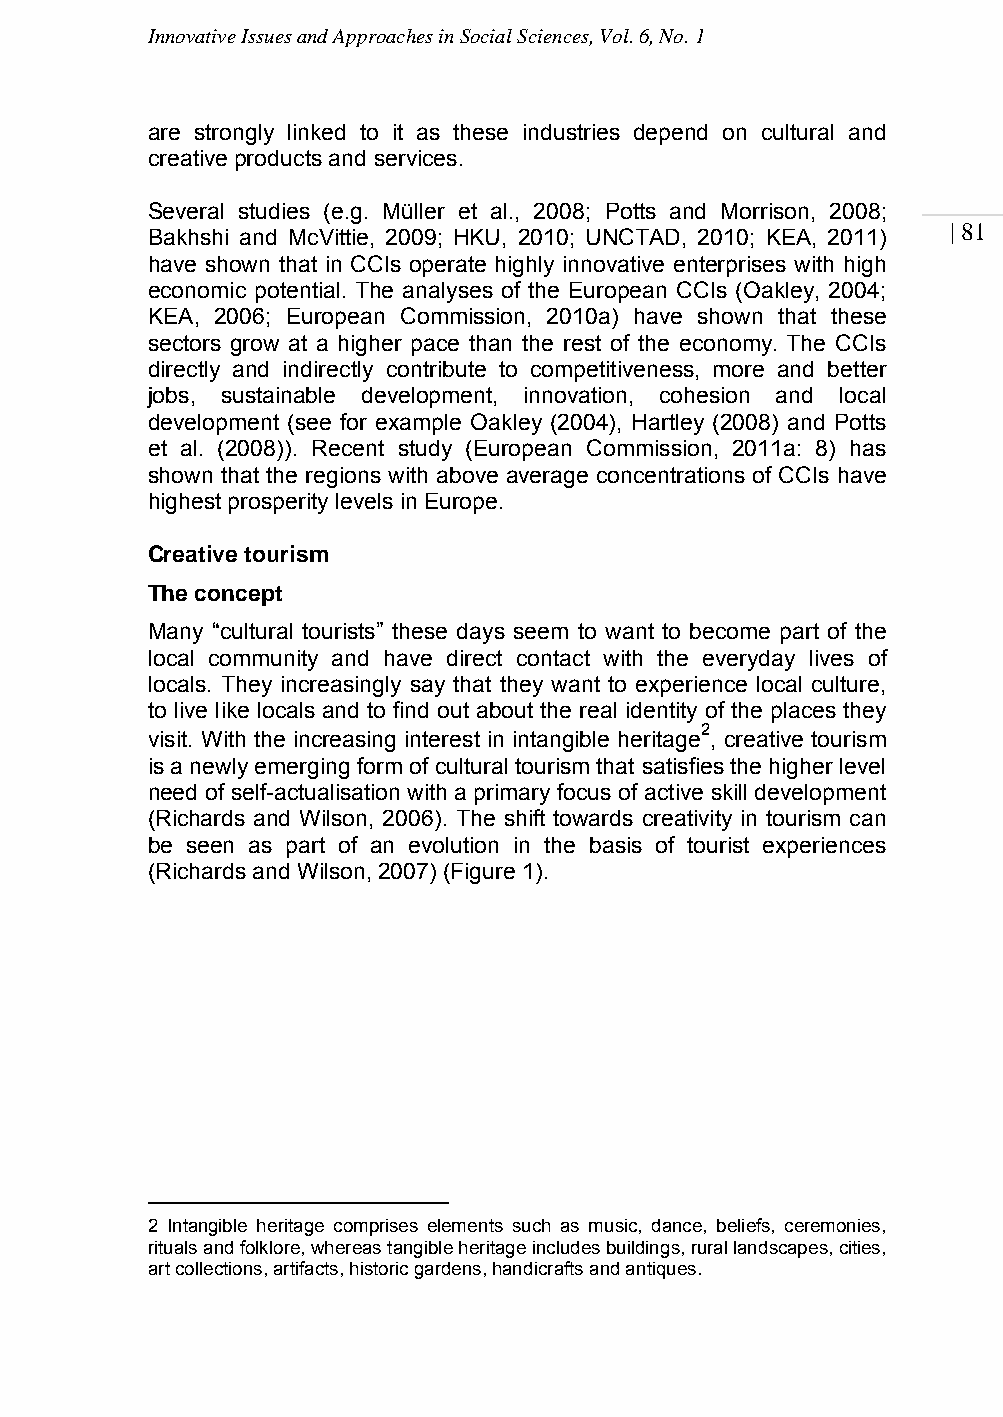
Innovative Issues and Approaches in Social Sciences, Vol. 6, No. 1
 are strongly linked to it as these industries depend on cultural and
 creative products and services.
 Several studies (e.g. Müller et al., 2008; Potts and Morrison, 2008;
 | 81
 Bakhshi and McVittie, 2009; HKU, 2010; UNCTAD, 2010; KEA, 2011)
 have shown that in CCIs operate highly innovative enterprises with high
 economic potential. The analyses of the European CCIs (Oakley, 2004;
 KEA, 2006; European Commission, 2010a) have shown that these
 sectors grow at a higher pace than the rest of the economy. The CCIs
 directly and indirectly contribute to competitiveness, more and better
 jobs, sustainable development, innovation, cohesion and local
 development (see for example Oakley (2004), Hartley (2008) and Potts
 et al. (2008)). Recent study (European Commission, 2011a: 8) has
 shown that the regions with above average concentrations of CCIs have
 highest prosperity levels in Europe.
 Creative tourism
 The concept
 Many “cultural tourists” these days seem to want to become part of the
 local community and have direct contact with the everyday lives of
 locals. They increasingly say that they want to experience local culture,
 to live like locals and to find out about the real identity of the places they
 2
 visit. With the increasing interest in intangible heritage , creative tourism
 is a newly emerging form of cultural tourism that satisfies the higher level
 need of self-actualisation with a primary focus of active skill development
 (Richards and Wilson, 2006). The shift towards creativity in tourism can
 be seen as part of an evolution in the basis of tourist experiences
 (Richards and Wilson, 2007) (Figure 1).
 2 Intangible heritage comprises elements such as music, dance, beliefs, ceremonies,
 rituals and folklore, whereas tangible heritage includes buildings, rural landscapes, cities,
 art collections, artifacts, historic gardens, handicrafts and antiques.